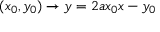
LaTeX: ( x _ { 0 } , y _ { 0 } ) \to y = 2 a x _ { 0 } x - y _ { 0 }